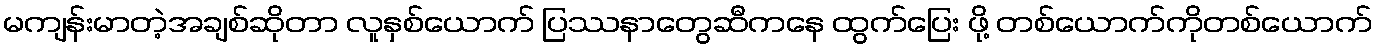
မကျန်းမာတဲ့အချစ်ဆိုတာ လူနှစ်ယောက် ပြဿနာတွေဆီကနေ ထွက်ပြေး ဖို့ တစ်ယောက်ကိုတစ်ယောက်